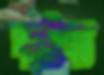
পদ্ধতিগত